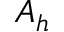
A _ { h }